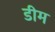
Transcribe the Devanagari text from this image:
डीम